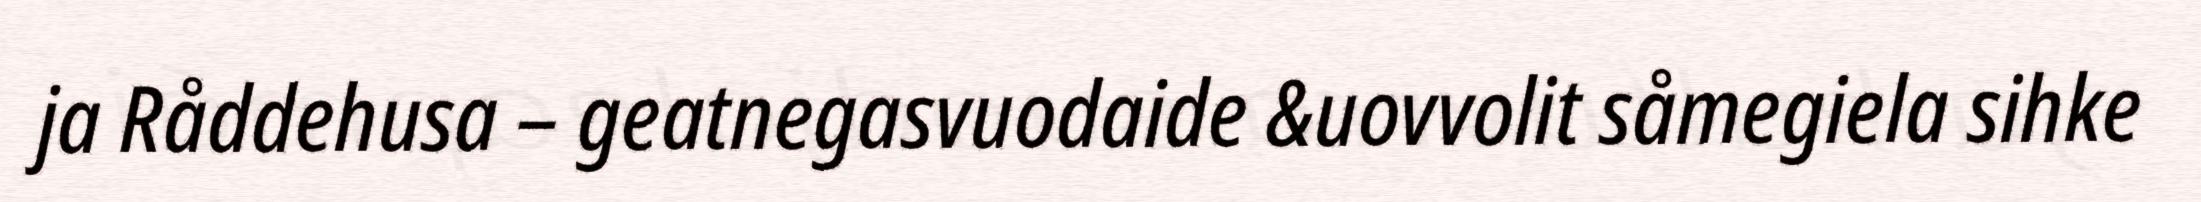
ja Råddehusa – geatnegasvuodaide &uovvolit såmegiela sihke